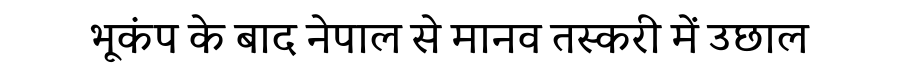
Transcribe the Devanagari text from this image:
भूकंप के बाद नेपाल से मानव तस्करी में उछाल